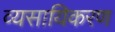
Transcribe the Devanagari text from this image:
व्यसायिकरण